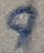
Text: 9